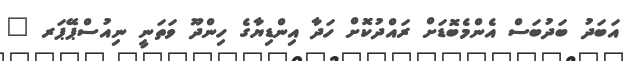
އަބަދު ބަދުބަސް އެންމެބޮޑަށް ރައްދުކޮށް ހަދާ އިންޑިޔާގެ ހިންދޫ ވަތަނީ ނިއުސްޕޭޕަރ "